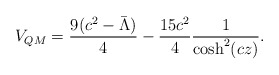
\begin{align*}V_{QM} = \frac{9(c^2-\bar\Lambda)}{4}-\frac{15 c^2}{4}\frac{1}{\cosh^2(c z)}.\end{align*}